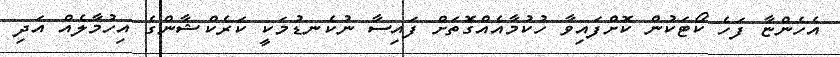
އެހެންޏާ ފަހެ ކޯޓަކުން ކޮށްފައިވާ ހުކުމާއެއްގޮތަށް ފައިސާ ނުކެނޑުމަކީ ކަރެކްޝާންގެ އިހުމާލެއް އަދި